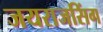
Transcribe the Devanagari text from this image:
जयराजसिंग